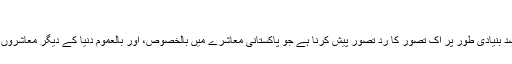
23-05-2016
اس تحریر کا مقصد بنیادی طور پر اک تصور کا ردِ تصور پیش کرنا ہے جو پاکستانی معاشرے میں بالخصوص، اور بالعموم دنیا کے دیگر معاشروں میں پایا جاتا ہے۔